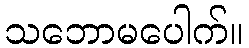
သဘောမပေါက်။